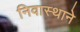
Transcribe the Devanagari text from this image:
निवास्थाने